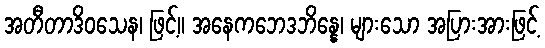
အတီတာဒိဝသေန၊ ဖြင့်။ အနေကဘေဒဘိန္နေ၊ များသော အပြားအားဖြင့်